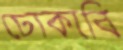
ঢোকাবি